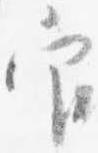
官